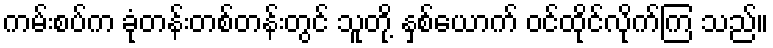
ကမ်းစပ်က ခုံတန်းတစ်တန်းတွင် သူတို့ နှစ်ယောက် ဝင်ထိုင်လိုက်ကြ သည်။